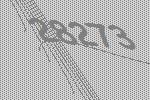
28273